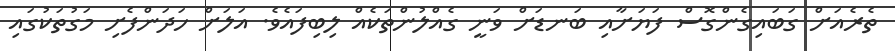
ތެރެއަށް ގަބައިގެންގޮސް ފަޔަށާއި ބަނޑަށް ވަނީ ގެއްލުންތަކެއް ލިބިފައެވެ. އަލަށް ހަދަންފެށި މަގުތަކުގައި